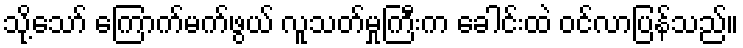
သို့သော် ကြောက်မက်ဖွယ် လူသတ်မှုကြီးက ခေါင်းထဲ ဝင်လာပြန်သည်။